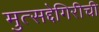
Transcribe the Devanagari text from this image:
मुत्सद्देगिरीची